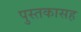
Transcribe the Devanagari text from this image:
पुस्तकासह